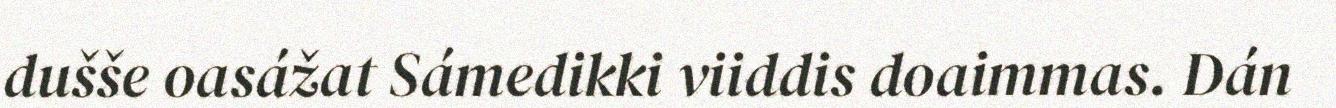
dušše oasážat Sámedikki viiddis doaimmas. Dán